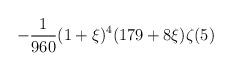
LaTeX: \begin{align*}\displaystyle-\frac{1}{960}(1+\xi)^4(179+8\xi)\zeta(5)\end{align*}